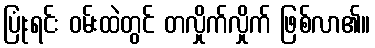
ပြုံးရင်း ဝမ်းထဲတွင် တလှိုက်လှိုက် ဖြစ်လာ၏။